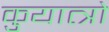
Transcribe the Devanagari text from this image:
कुयात्त्रो